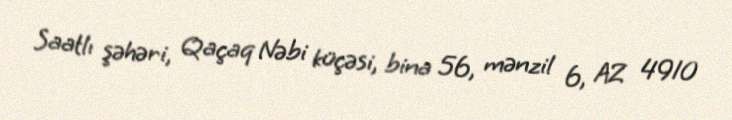
Saatlı şəhəri, Qaçaq Nəbi küçəsi, bina 56, mənzil 6, AZ 4910